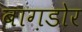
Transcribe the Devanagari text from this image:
बाग़डोर